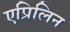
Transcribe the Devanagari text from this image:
एप्रिलिन